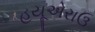
હયૂએરાઉ